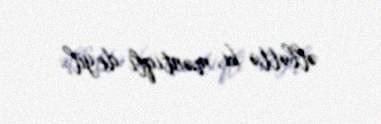
əlbəttə ki, məntiqli deyil.